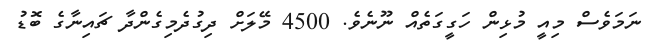
ނަމަވެސް މިއީ މުޅިން ހަގީގަތެއް ނޫނެވެ. 4500 މޭލަށް ދިގުދެމިގެންދާ ޗައިނާގެ ބޮޑު